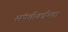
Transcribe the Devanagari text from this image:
संपत्तीकरिता